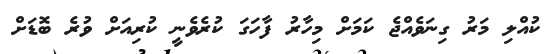
ކުއްލި މަރު ގިނަވެއްޖެ ކަމަށް މިހާރު ފާހަގަ ކުރެވެނީ ކުރިއަށް ވުރެ ބޮޑަށް